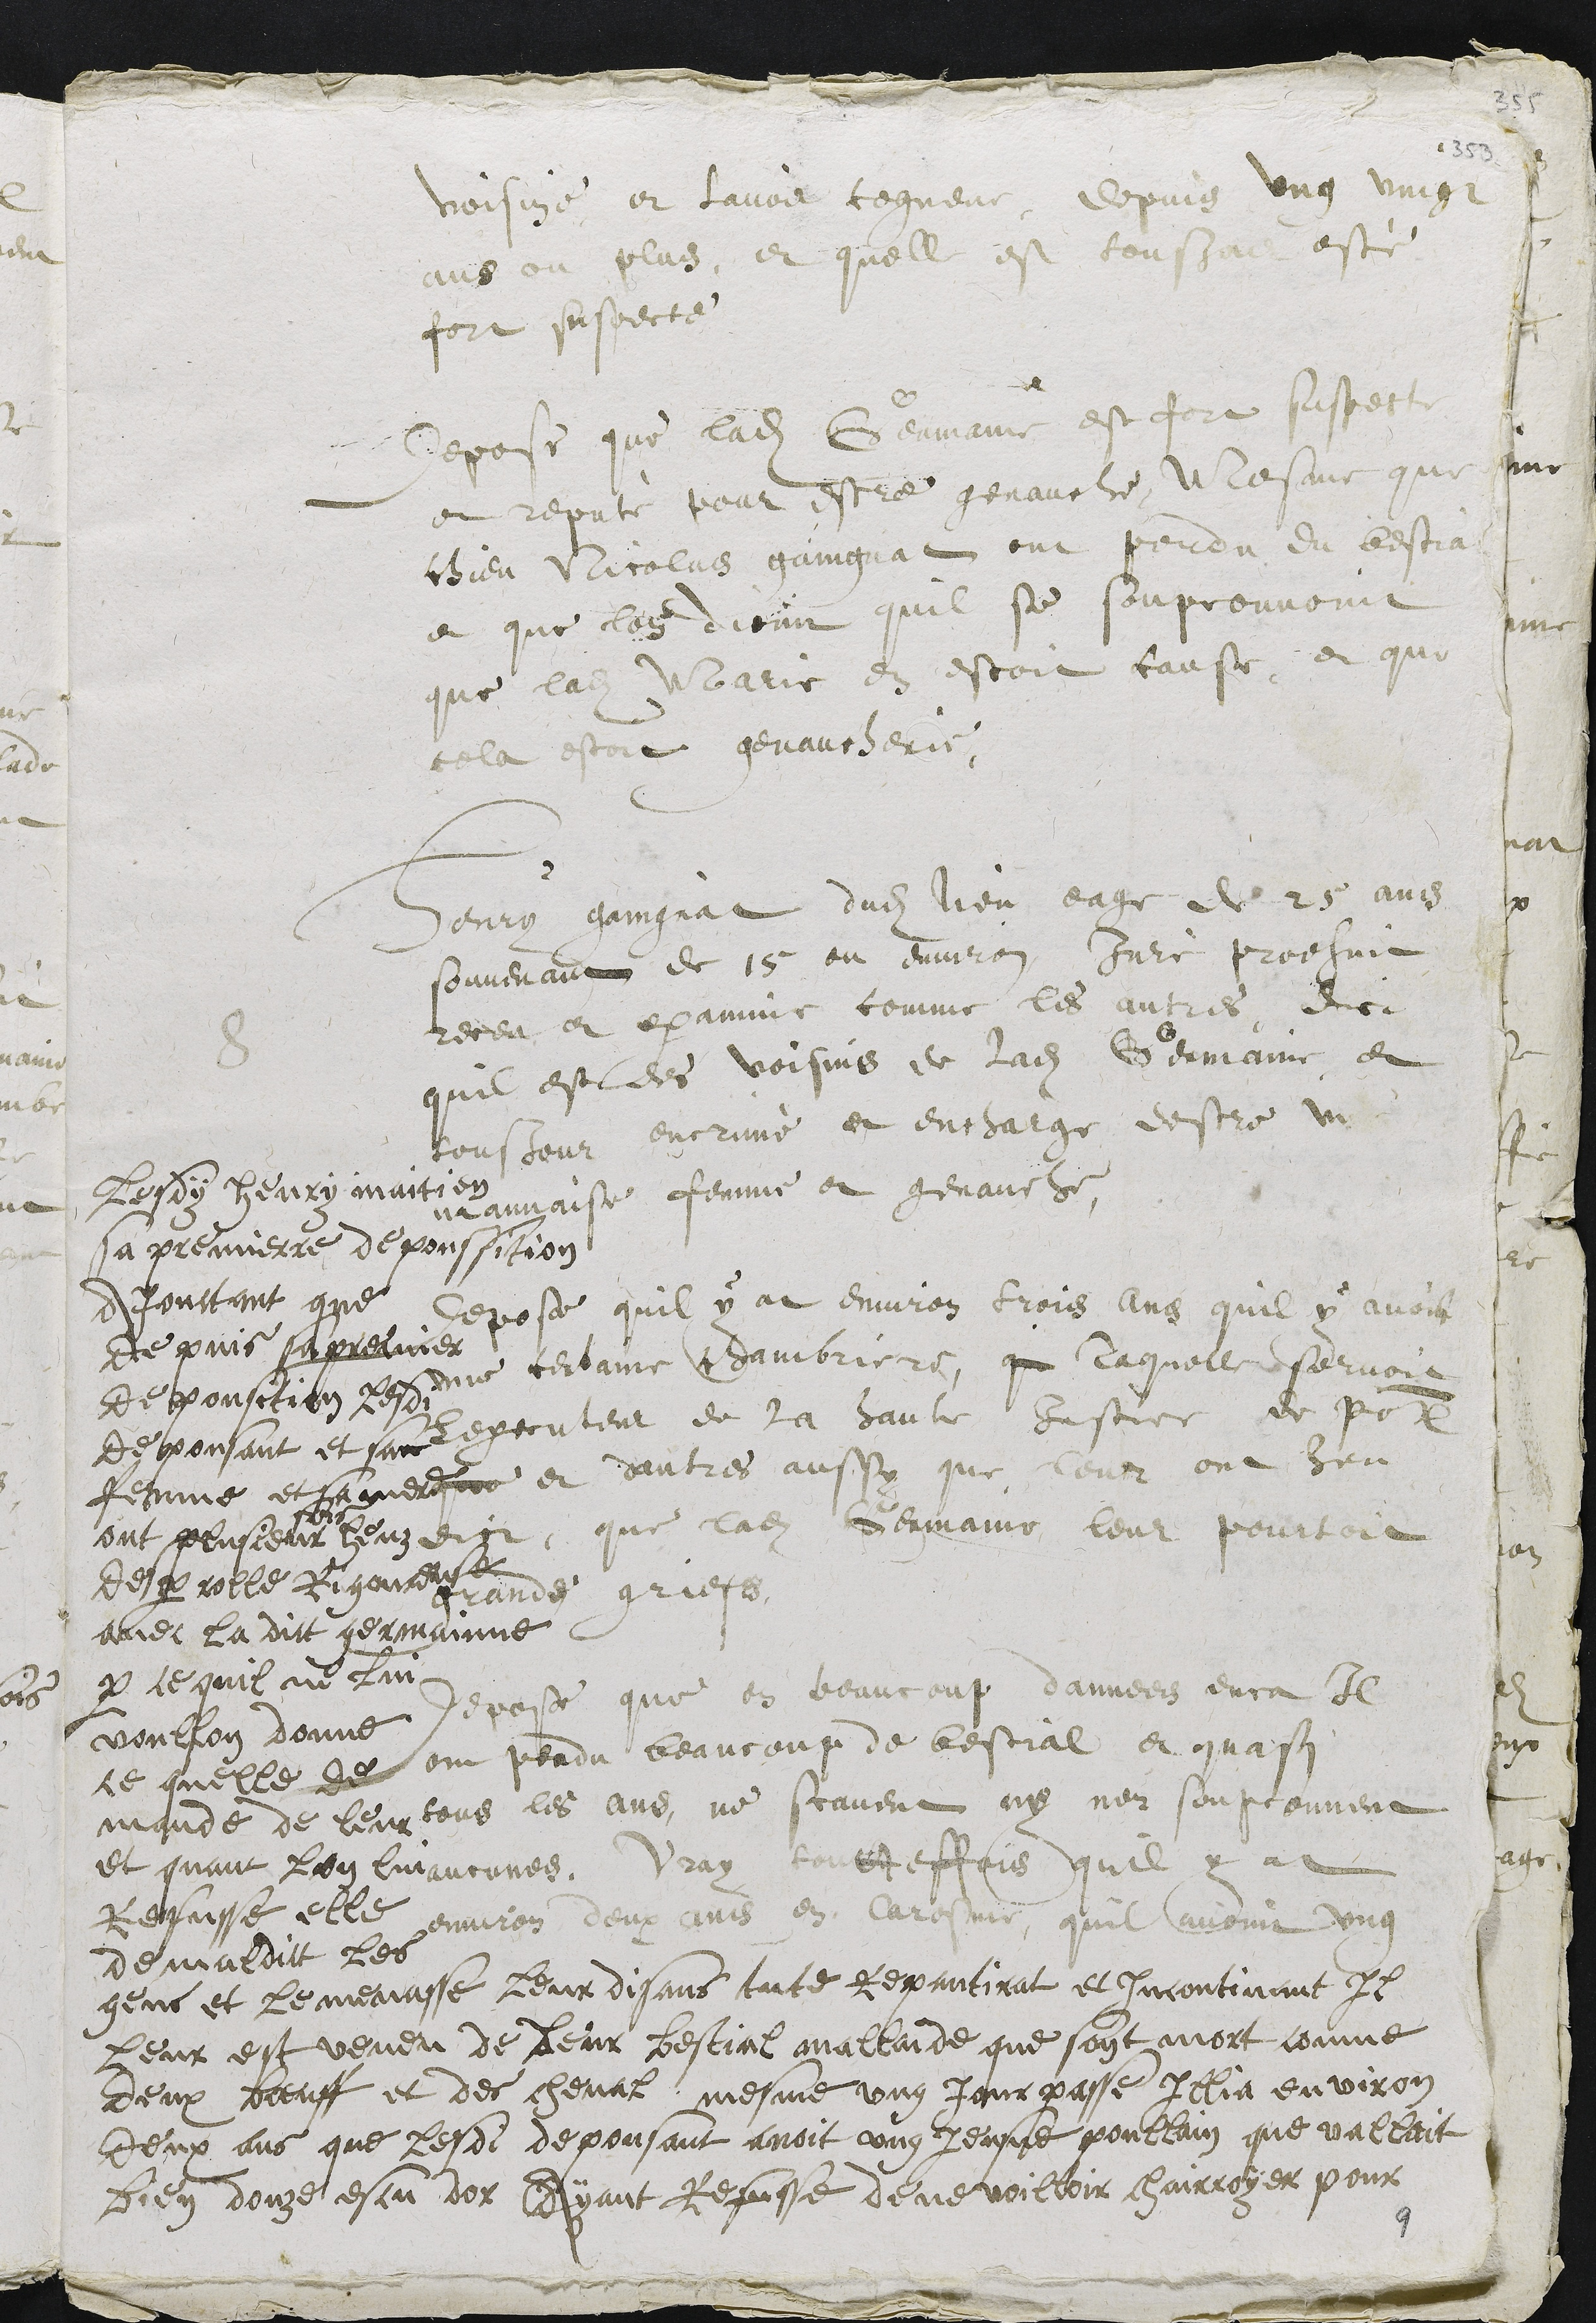
voisine et lavoir cogneue depuis ung vingt
ans ou plus, et quelle est tousjour esté
fort suspecte.
Depose que ladite Germaine est fort suspecte
et reputé pour estre genauche. Mesme que
chieu Nicolas gaingnat ont perdu du bestial
et que lon dioint quil se soupconnoint
que ladite Marie en estoit cause, et que
cela estoit genaucherie.
8
Henry gaingnat dudit lieu eage de 25 ans
souvenant de 15 ou environ Juré prodhuit
receu et examine comme les autres, dict
quil est des voisins de ladite Germaine, et
tousjour encrimé et encharge destre une
mauvaise femme et genauche
Depose quil y at environ trois ans quil y avoit
une certaine chambriere, que laquelle servoit
lexecuteur de la haute Justice de pour
que et dautres aussy que leur ont heu
dict, que ladite Germaine leur pourtoit
grands griefs
Depose que en beaucoup dannees enca Il
ont perdu beaucoup de bestial et quasi
tous les ans, ne scavent ny nen soupconnent
aucunes, Vray toutteffois quil y at
environ deux ans en Caresme quil avoint ung
Lesdy Henry maitien
sa premierre de poussition
Ajouctant que
de puis sa premier
depousition lesdit
depousant et sa
femme et sa mere
ont plusieur
fois
heut
de parolle Rigoureuse
avec la dict germainne
par ce quil ne lui
voullon donne
ce quelle de
mande de leur
et quant lon lui
Refusse elle
demaldit les
gens et le menasse leur disant tute repantirat et Incontinant Il
Leur est veneu de leur bestial mallade que sont mort comme
deux beuf et des cheval, mesme ung jour passe Illia environ
deux ans que lesdi deposant avoit ung jeusne poullain que valloit
bien douze escu dor Ayant Refusse de ne voilloir charroyer pour
9